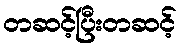
တဆင့်ပြီးတဆင့်